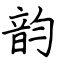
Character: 韵